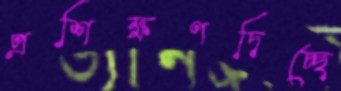
প্রশিক্ষণদিচ্ছে